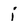
Character: i